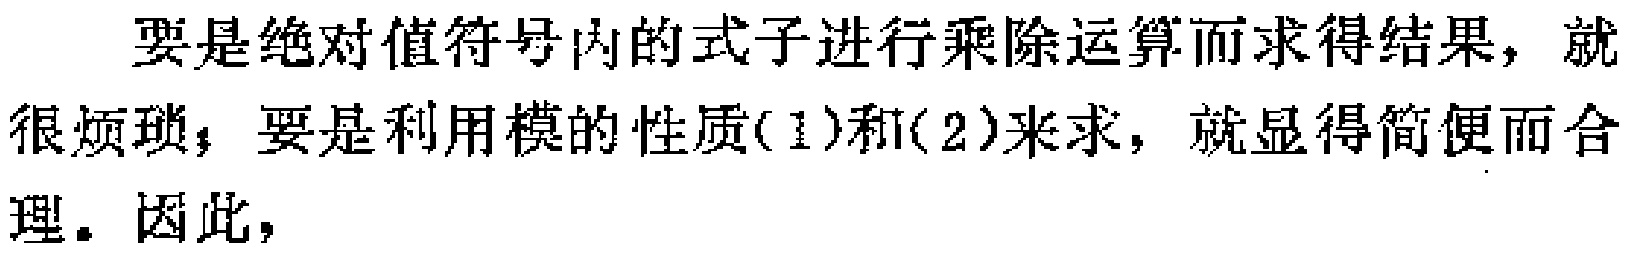
要是绝对值符号内的式子进行乘除运算而求得结果，就很烦琐；要是利用模的性质(1)和(2)来求，就显得简便而合理。因此，